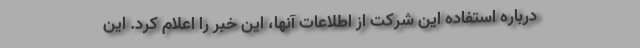
درباره استفاده این شرکت از اطلاعات آنها، این خبر را اعلام کرد. این